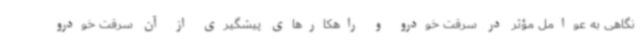
نگاهی به عوامل مؤثر در سرقت خودرو و راهکارهای پیشگیری از آن سرقت خودرو